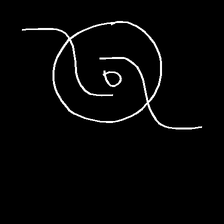
Glyph: repetition